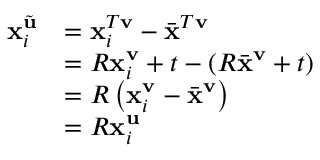
\begin{array} { r l } { \mathbf { x } _ { i } ^ { \tilde { \mathbf { u } } } } & { = \mathbf { x } _ { i } ^ { T \mathbf { v } } - \bar { \mathbf { x } } ^ { T \mathbf { v } } } \\ & { = R \mathbf { x } _ { i } ^ { \mathbf { v } } + t - ( R \bar { \mathbf { x } } ^ { \mathbf { v } } + t ) } \\ & { = R \left( \mathbf { x } _ { i } ^ { \mathbf { v } } - \bar { \mathbf { x } } ^ { \mathbf { v } } \right) } \\ & { = R \mathbf { x } _ { i } ^ { \mathbf { u } } } \end{array}